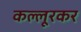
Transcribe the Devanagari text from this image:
कल्लूरकर